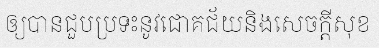
ឲ្យបានជួបប្រទះនូវជោគជ័យនិងសេចក្តីសុខ